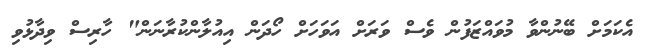
އެކަމަށް ބޭނުންވާ މުވައްޒަފުން ވެސް ވަރަށް އަވަހަށް ހޯދަން އިއުލާންކުރާނަން" ހާރިސް ވިދާޅުވި